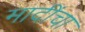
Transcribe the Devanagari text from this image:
मादींचा